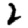
Digit: 2